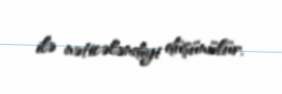
ilə nəticələndiyi düşünülür.